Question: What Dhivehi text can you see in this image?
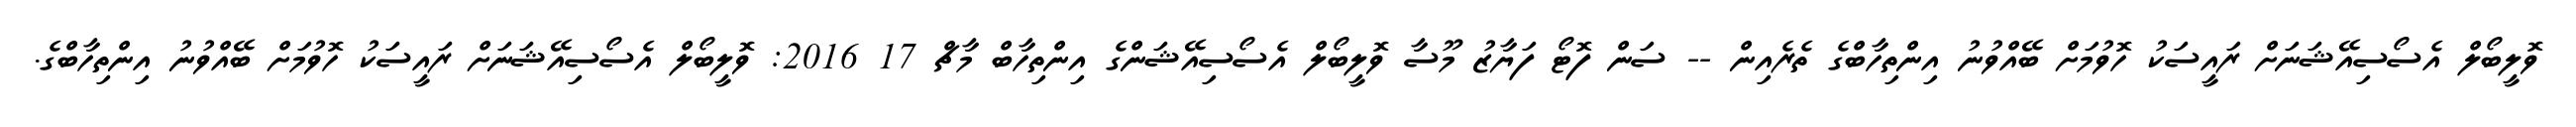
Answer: ވޮލީބޯލް އެސޯސިއޭޝަނަށް ރައީސަކު ހޮވުމަށް ބޭއްވުނު އިންތިހާބްގެ ތެރެއިން -- ސަން ފޮޓޯ ފަޔާޒު މޫސާ ވޮލީބޯލް އެސޯސިއޭޝަންގެ އިންތިހާބް މާޗް 17 2016: ވޮލީބޯލް އެސޯސިއޭޝަނަށް ރައީސަކު ހޮވުމަށް ބޭއްވުނު އިންތިހާބްގެ.